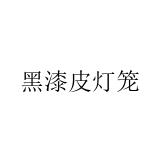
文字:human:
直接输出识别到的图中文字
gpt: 黑漆皮灯笼